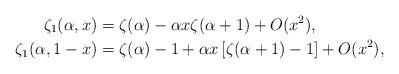
LaTeX: \begin{align*}\zeta_1(\alpha,x)&=\zeta(\alpha)-\alpha x\zeta(\alpha+1) +O(x^2),\\\zeta_1(\alpha,1-x)&=\zeta(\alpha)-1+\alpha x\left[\zeta(\alpha+1)-1\right]+O(x^2),\end{align*}